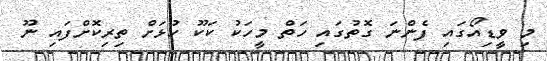
މި ވީޑިއޯގައި ފެންނަ ގޮތުގައި ހަތް މީހަކު ކަކޫ ހުޅަށް ތިރިކޮށްފައި ނޫ